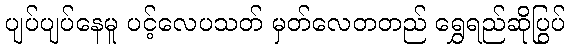
ပျပ်ပျပ်နေမူ ပင့်လေပသတ် မှတ်လေတတည် ရွှေရည်ဆိုပြွပ်